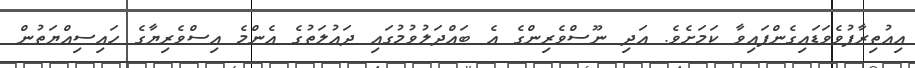
އިއުތިރާފުވެވަޑައިގެންފައިވާ ކަމަށެވެ. އަދި ނޫސްވެރިންގެ އެ ބައްދަލުވުމުގައި ދައުލަތުގެ އެންމެ އިސްވެރިޔާގެ ހައިސިއްޔަތުން